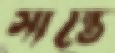
সান্তে